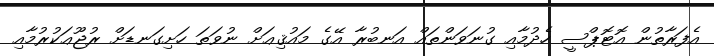
އެފަރާތުން އޮޓޮޕްސީ ހެދުމާއި ގުނަވަންތައް އަނބުރާ އޭގެ މައުޤިޢަށް ނުވަތަ ހަށިގަނޑަށް ރުޖޫޢަކުރުމާއި